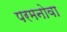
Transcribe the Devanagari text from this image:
परमनोवा